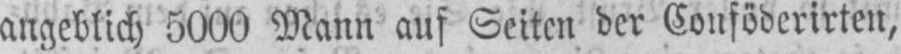
angeblich 5000 Mann auf Seiten der Conföderirten,